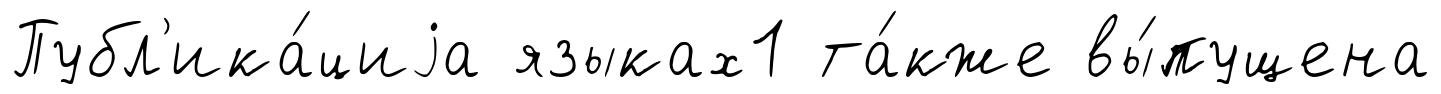
Публ'ика́циjа языках1 та́кже вы́пущена